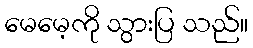
မေမေ့ကို သွားပြ သည်။